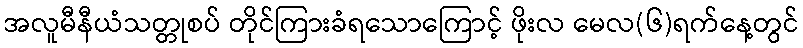
အလူမီနီယံသတ္တုစပ် တိုင်ကြားခံရသောကြောင့် ဖိုးလ မေလ(၆)ရက်နေ့တွင်